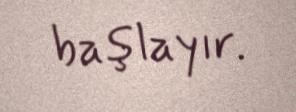
başlayır.